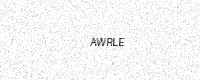
Text: AWRLE